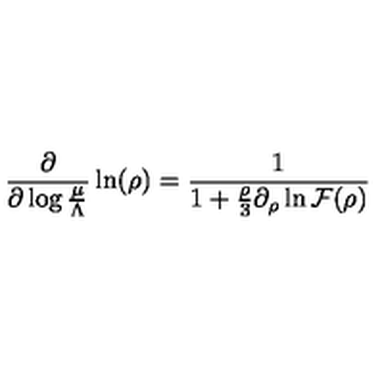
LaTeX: \frac { \partial } { \partial \log \frac { \mu } { \Lambda } } \ln ( \rho ) = \frac { 1 } { 1 + \frac { \rho } { 3 } \partial _ { \rho } \ln { \cal F } ( \rho ) }